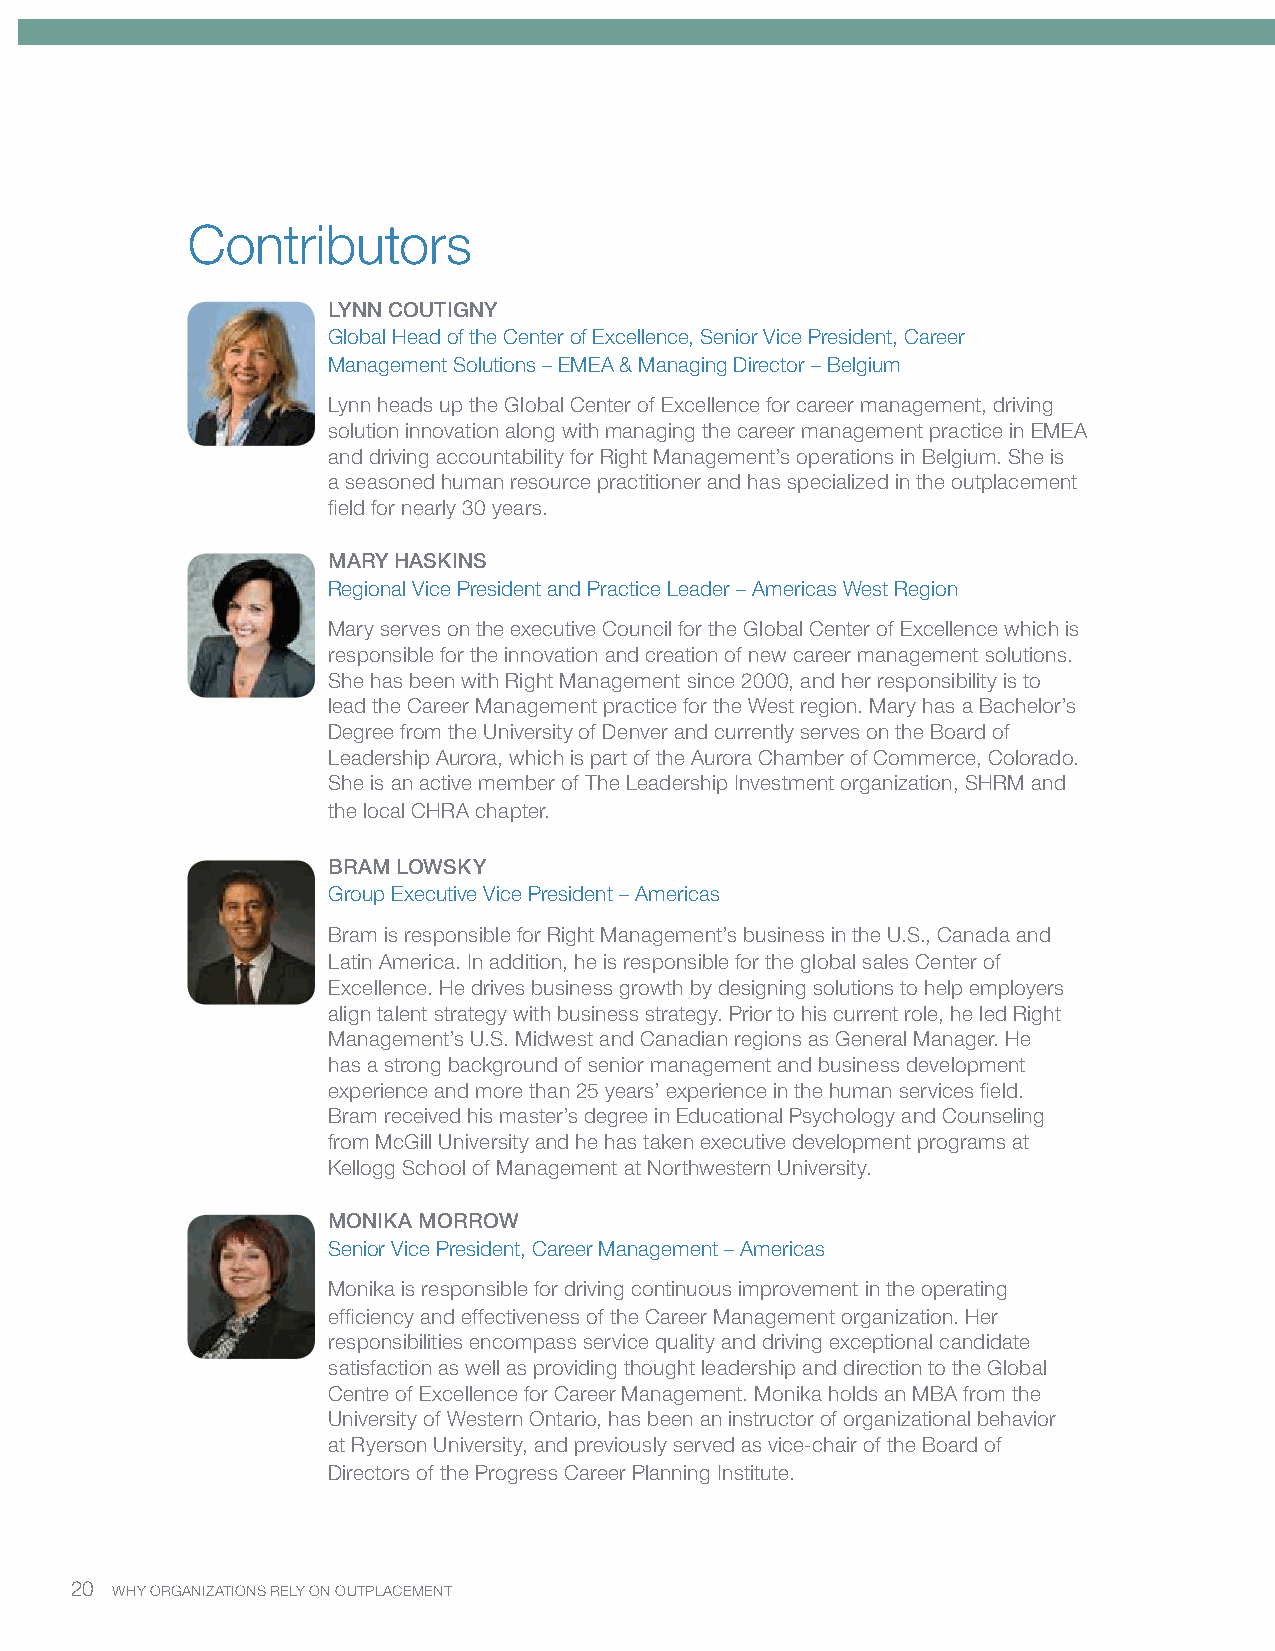
Contributors
 LYNN COUTIGNY
 Global Head of the Center of Excellence, Senior Vice President, Career
 Management Solutions – EMEA & Managing Director – Belgium
 Lynn heads up the Global Center of Excellence for career management, driving
 solution innovation along with managing the career management practice in EMEA
 and driving accountability for Right Management’s operations in Belgium. She is
 a seasoned human resource practitioner and has specialized in the outplacement
 field for nearly 30 years.
 MARY HASKINS
 Regional Vice President and Practice Leader – Americas West Region
 Mary serves on the executive Council for the Global Center of Excellence which is
 responsible for the innovation and creation of new career management solutions.
 She has been with Right Management since 2000, and her responsibility is to
 lead the Career Management practice for the West region. Mary has a Bachelor’s
 Degree from the University of Denver and currently serves on the Board of
 Leadership Aurora, which is part of the Aurora Chamber of Commerce, Colorado.
 She is an active member of The Leadership Investment organization, SHRM and
 the local CHRA chapter.
 BRAM LOWSKY
 Group Executive Vice President – Americas
 Bram is responsible for Right Management’s business in the U.S., Canada and
 Latin America. In addition, he is responsible for the global sales Center of
 Excellence. He drives business growth by designing solutions to help employers
 align talent strategy with business strategy. Prior to his current role, he led Right
 Management’s U.S. Midwest and Canadian regions as General Manager. He
 has a strong background of senior management and business development
 experience and more than 25 years’ experience in the human services field.
 Bram received his master’s degree in Educational Psychology and Counseling
 from McGill University and he has taken executive development programs at
 Kellogg School of Management at Northwestern University.
 MONIKA MORROW
 Senior Vice President, Career Management – Americas
 Monika is responsible for driving continuous improvement in the operating
 efficiency and effectiveness of the Career Management organization. Her
 responsibilities encompass service quality and driving exceptional candidate
 satisfaction as well as providing thought leadership and direction to the Global
 Centre of Excellence for Career Management. Monika holds an MBA from the
 University of Western Ontario, has been an instructor of organizational behavior
 at Ryerson University, and previously served as vice-chair of the Board of
 Directors of the Progress Career Planning Institute.
 20 WHY ORGANIZATIONS RELY ON OUTPLACEMENT